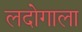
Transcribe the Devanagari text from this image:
लदोगाला